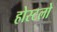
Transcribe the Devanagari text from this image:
होस्टलो